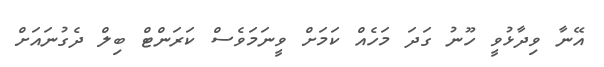
އޭނާ ވިދާޅުވީ ހޫނު ގަދަ މަހެއް ކަމަށް ވީނަމަވެސް ކަރަންޓް ބިލް ދެގުނައަށް